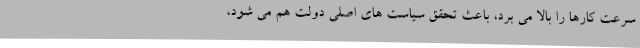
سرعت کارها را بالا می برد، باعث تحقق سیاست های اصلی دولت هم می شود،